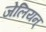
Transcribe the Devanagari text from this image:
जेलियन्